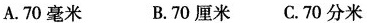
A.70毫米 B.70厘米C.70分米